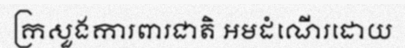
ក្រសួងការពារជាតិ អមដំណើរដោយ